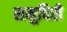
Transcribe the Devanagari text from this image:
समुदिरी